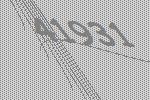
41931